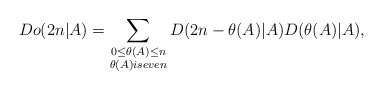
\begin{align*} Do(2n\lvert A)=\sum_{\substack{0\leq \theta(A) \leq n\\ \theta(A) is even}} D(2n-\theta(A) \lvert A) D(\theta(A)\lvert A),\end{align*}